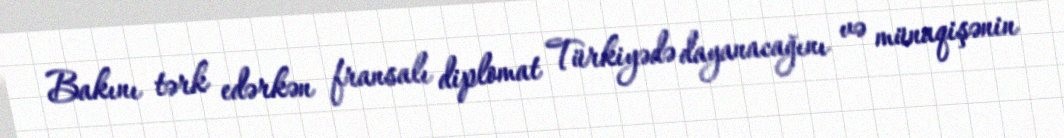
Bakını tərk edərkən fransalı diplomat Türkiyədə dayanacağını və münaqişənin